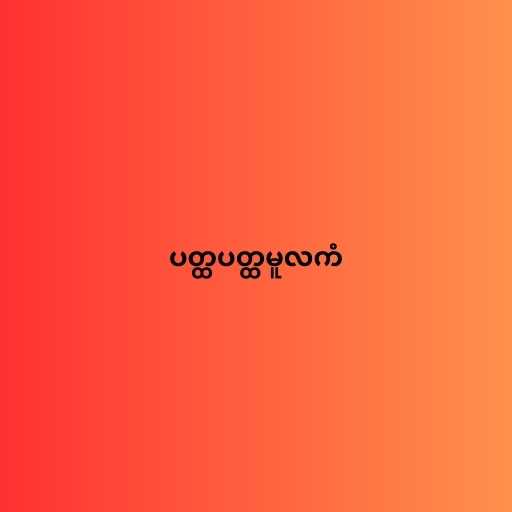
ပတ္ထပတ္ထမူလကံ